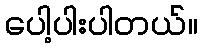
ပေါ့ပါးပါတယ်။